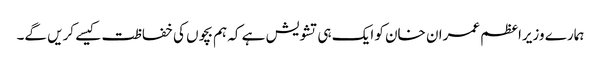
ہمارے وزیراعظم عمران خان کو ایک ہی تشویش ہے کہ ہم بچوں کی خفاظت کیسے کریں گے۔